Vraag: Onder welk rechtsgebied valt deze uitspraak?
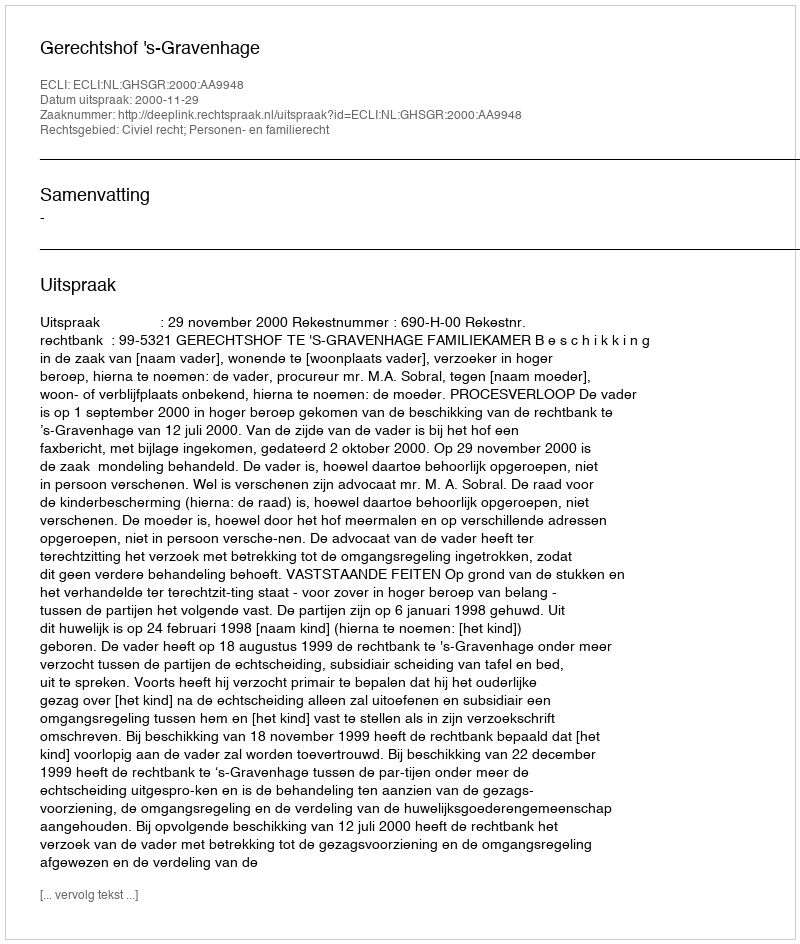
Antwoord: Civiel recht; Personen- en familierecht